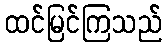
ထင်မြင်ကြသည်